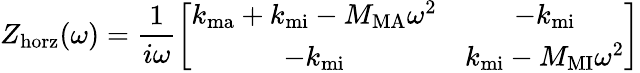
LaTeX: Z_{\mathrm{horz}}(\omega)=\frac{1}{i\omega}\left[\begin{array}{cc}{k_{\mathrm{ma}}+k_{\mathrm{mi}}-M_{\mathrm{MA}}\omega^{2}}&{-k_{\mathrm{mi}}}\\ {-k_{\mathrm{mi}}}&{k_{\mathrm{mi}}-M_{\mathrm{MI}}\omega^{2}}\end{array}\right]